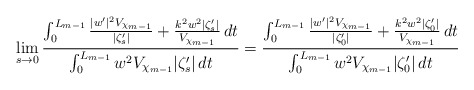
\begin{align*}\lim_{s \to 0}\frac{ \int_0^{L_{m-1}} \frac{|w'|^2 V_{\chi_{m-1}}}{|\zeta_s '|} + \frac{k^2 w^2 | \zeta_s' |}{V_{\chi_{m-1}}} \,dt}{ \int_0^{L_{m-1}} w^2 V_{\chi_{m-1}} | \zeta_s' | \,dt} =\frac{ \int_0^{L_{m-1}} \frac{|w'|^2 V_{\chi_{m-1}}}{|\zeta_0 '|} + \frac{k^2 w^2 | \zeta_0' |}{V_{\chi_{m-1}}} \,dt}{ \int_0^{L_{m-1}} w^2 V_{\chi_{m-1}} | \zeta_0' | \,dt}\end{align*}